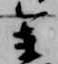
参